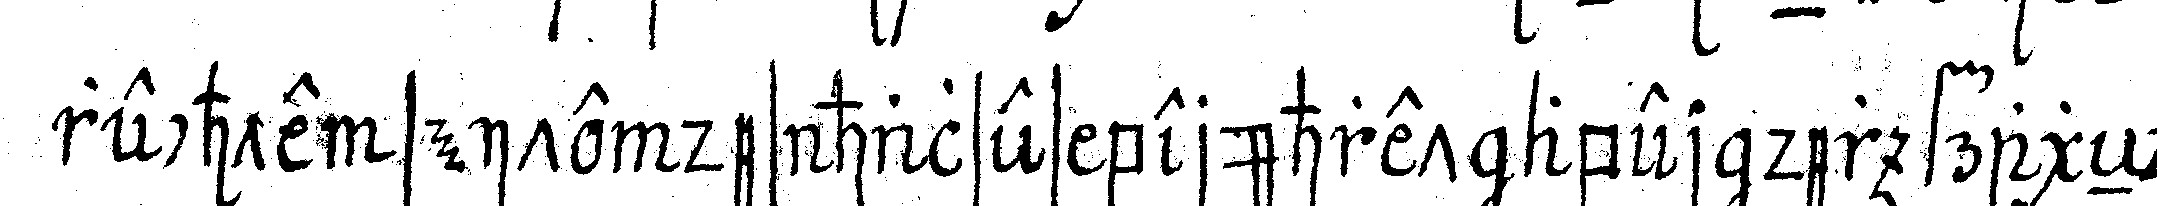
rechte seite des halses berühret aber der frageNde